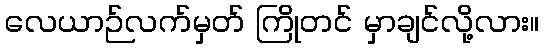
လေယာဉ်လက်မှတ် ကြိုတင် မှာချင်လို့လား။